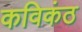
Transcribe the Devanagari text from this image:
कविकंठ